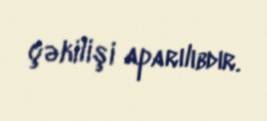
çəkilişi aparılıbdır.